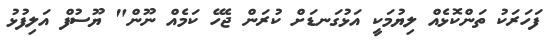
ފަހަރަކު ތަންކޮޅެއް ލިޔުމަކީ އަޅުގަނޑަށް ކުރަން ޖެހޭ ކަމެއް ނޫން" ޔޫސުފް އަލިފުޅު